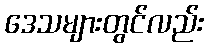
ဒေသများတွင်လည်း